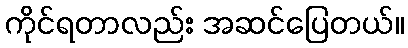
ကိုင်ရတာလည်း အဆင်ပြေတယ်။